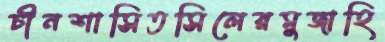
চীনশাসিতসিলেরমুজাহি